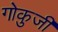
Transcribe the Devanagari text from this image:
गोकुजी